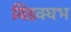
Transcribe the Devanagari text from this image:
विडक्घभ